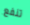
تنفع